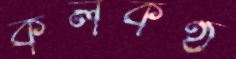
কলকণ্ঠ